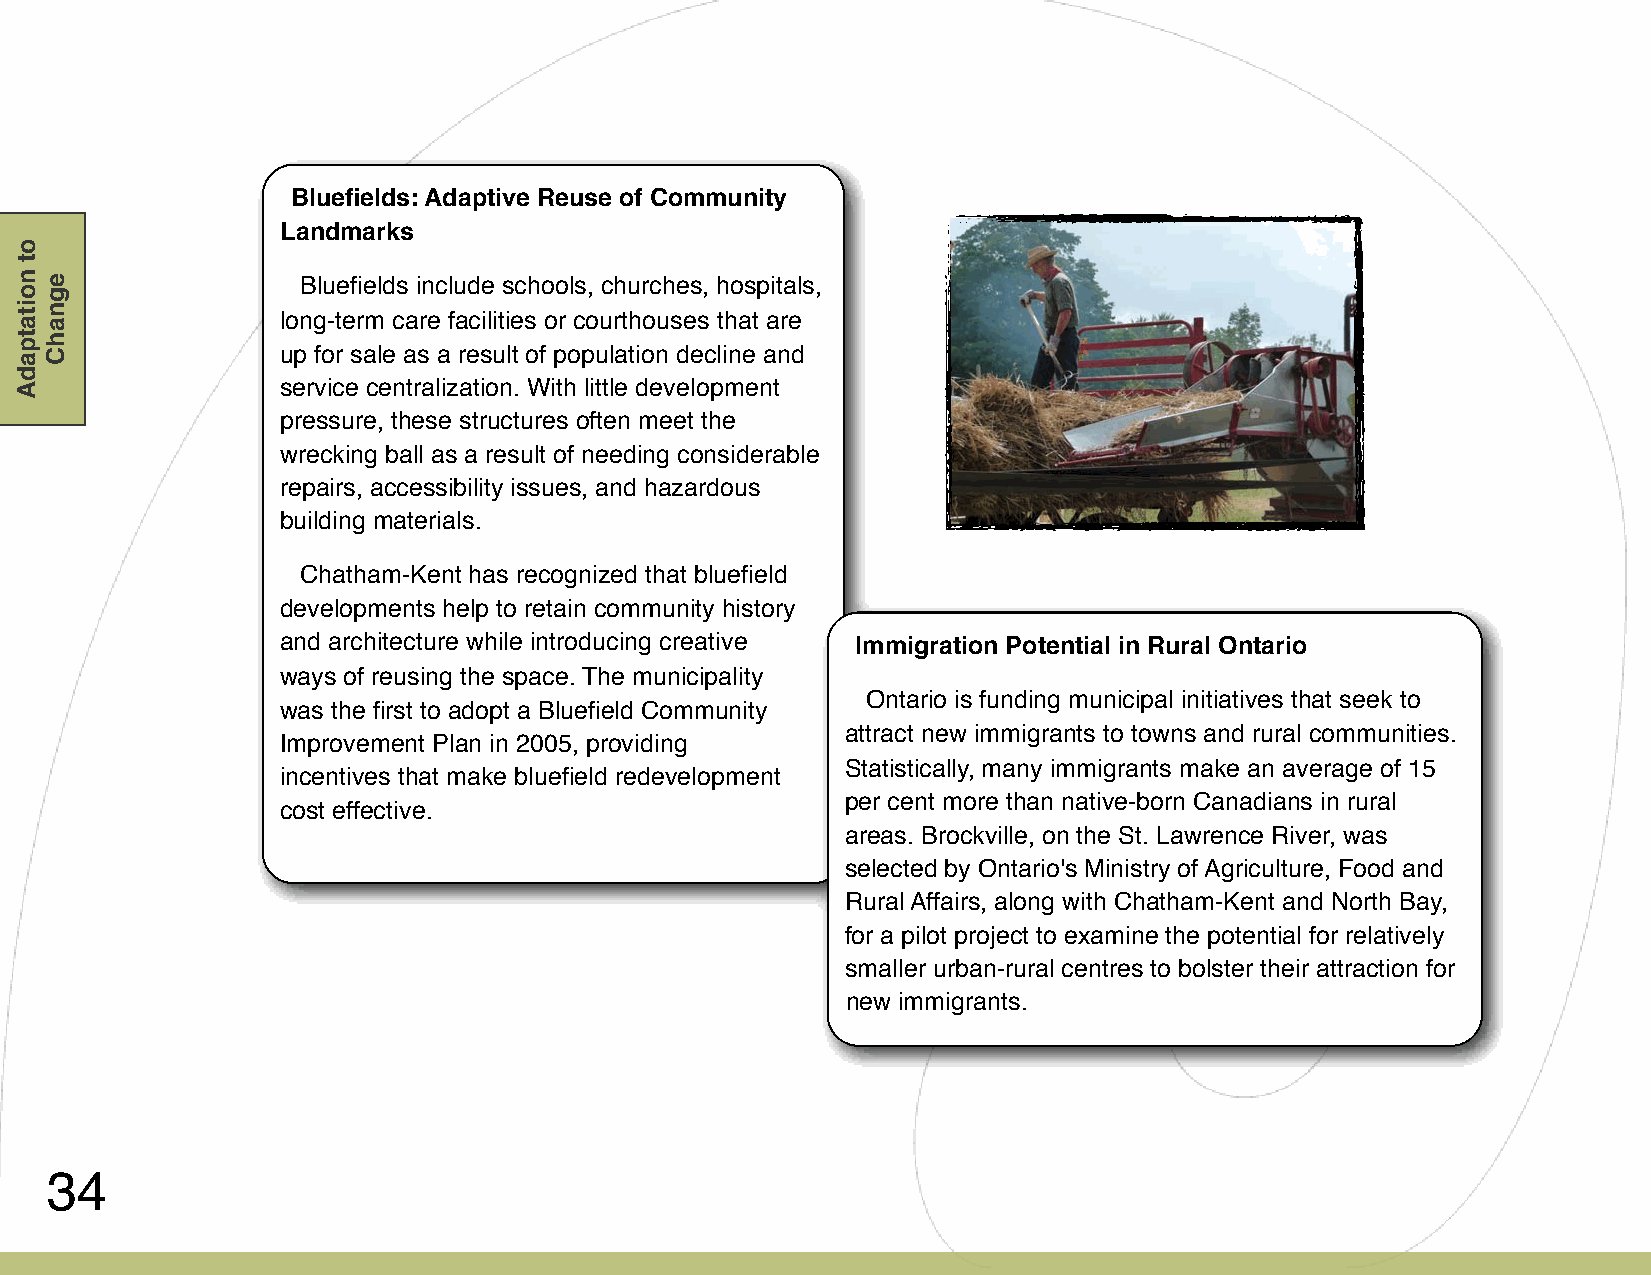
Bluefields: Adaptive Reuse of Community
 Landmarks
 Bluefields include schools, churches, hospitals,
 long-term care facilities or courthouses that are
 up for sale as a result of population decline and
 service centralization. With little development
 pressure, these structures often meet the
 wrecking ball as a result of needing considerable
 repairs, accessibility issues, and hazardous
 building materials.
 Chatham-Kent has recognized that bluefield
 developments help to retain community history
 and architecture while introducing creative Immigration Potential in Rural Ontario
 ways of reusing the space. The municipality
 Ontario is funding municipal initiatives that seek to
 was the first to adopt a Bluefield Community
 attract new immigrants to towns and rural communities.
 Improvement Plan in 2005, providing
 Statistically, many immigrants make an average of 15
 incentives that make bluefield redevelopment
 per cent more than native-born Canadians in rural
 cost effective.
 areas. Brockville, on the St. Lawrence River, was
 selected by Ontario's Ministry of Agriculture, Food and
 Rural Affairs, along with Chatham-Kent and North Bay,
 for a pilot project to examine the potential for relatively
 smaller urban-rural centres to bolster their attraction for
 new immigrants.
 34
 ot
 noitatpadA egnahC